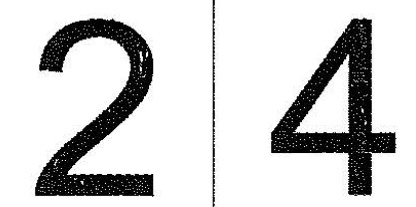
2 4